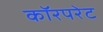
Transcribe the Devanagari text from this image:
कॉरपरेट